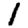
Digit: 1